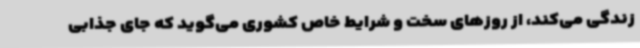
زندگی می‌کند، از روزهای سخت و شرایط خاص کشوری می‌گوید که جای جذابی